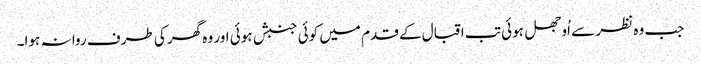
جب وہ نظر سے اُوجھل ہوئی تب اقبال کے قدم میں کوئی جنبش ہوئی اور وہ گھر کی طرف روا نہ ہوا۔